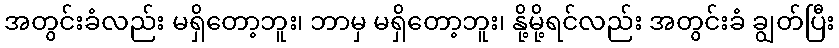
အတွင်းခံလည်း မရှိတော့ဘူး၊ ဘာမှ မရှိတော့ဘူး၊ နို့မို့ရင်လည်း အတွင်းခံ ချွတ်ပြီး